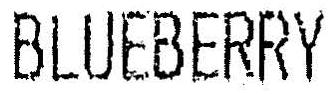
BLUEBERRY